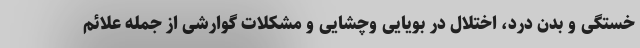
خستگی و بدن درد، اختلال در بویایی وچشایی و مشکلات گوارشی از جمله علائم